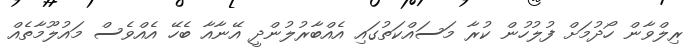
ރިލްވާން ހޯދުމަށް ފުލުހުން ކުރާ މަސައްކަތުގައި އެއްބާރުލުންދީ އޭނާއާ ބެހޭ އެއްވެސް މައުލޫމާތެއް